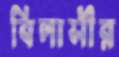
বিলাসীর